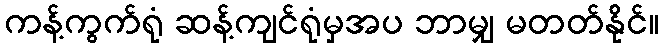
ကန့်ကွက်ရုံ ဆန့်ကျင်ရုံမှအပ ဘာမျှ မတတ်နိုင်။